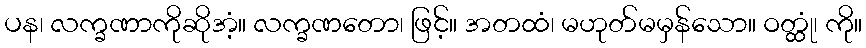
ပန၊ လက္ခဏာကိုဆိုအံ့။ လက္ခဏတော၊ ဖြင့်။ အတထံ၊ မဟုတ်မမှန်သော။ ဝတ္ထုံ၊ ကို။